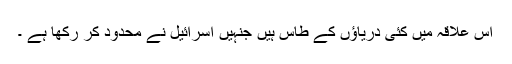
اس علاقہ میں کئی دریاؤں کے طاس ہیں جنہیں اسرائیل نے محدود کر رکھا ہے ۔